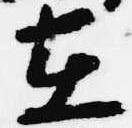
在